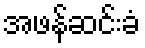
အဖန်ဆင်းခံ